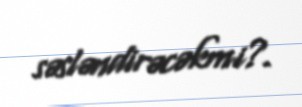
səsləndirəcəkmi?.